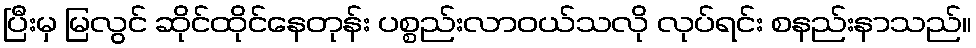
ပြီးမှ မြလွင် ဆိုင်ထိုင်နေတုန်း ပစ္စည်းလာဝယ်သလို လုပ်ရင်း စနည်းနာသည်။